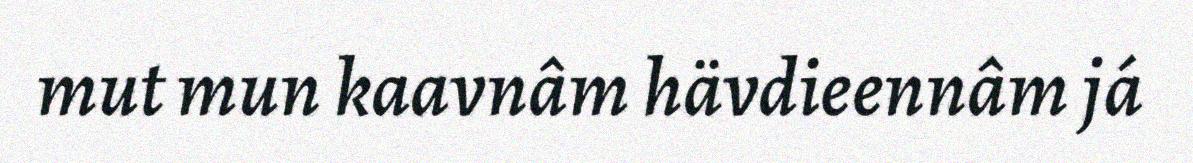
mut mun kaavnâm hävdieennâm já